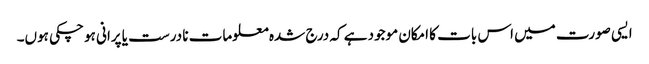
ایسی صورت میں اس بات کا امکان موجود ہے کہ درج شدہ معلومات نا درست یا پرانی ہو چکی ہوں۔